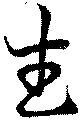
武